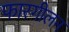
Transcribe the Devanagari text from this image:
फारगीलन